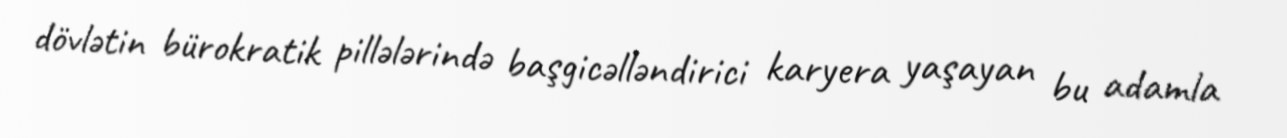
dövlətin bürokratik pillələrində başgicəlləndirici karyera yaşayan bu adamla